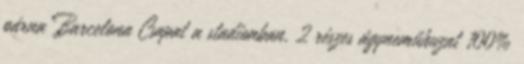
párna Barcelona Csapat a stadionban, 2 részes ágyneműhuzat 100%